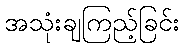
အသုံးချကြည့်ခြင်း